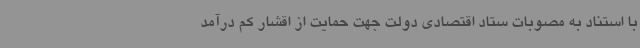
با استناد به مصوبات ستاد اقتصادی دولت‌ جهت حمایت از اقشار کم درآمد